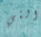
التي